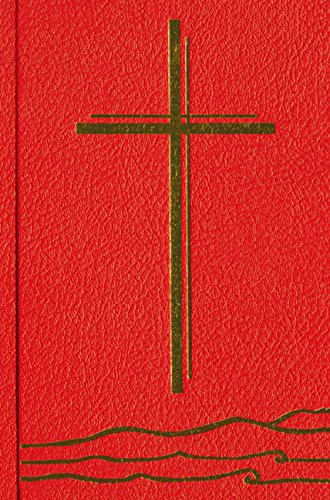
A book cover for New Zealand Prayer Book -Rev ed.: He Karakia Mihinare O Aotearoa; Anglican Church in Aotearoa New Zealand; Christian Books & Bibles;